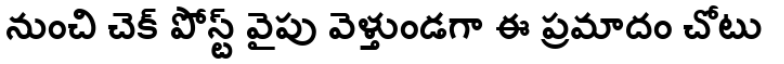
నుంచి చెక్ పోస్ట్ వైపు వెళ్తుండగా ఈ ప్రమాదం చోటు